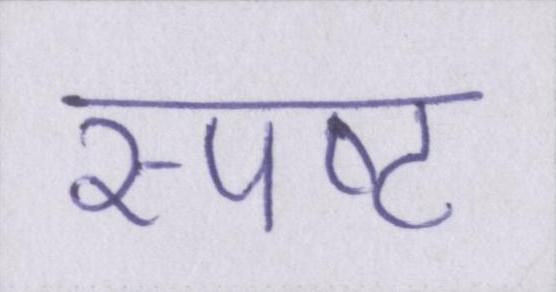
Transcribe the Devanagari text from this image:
स्पष्ट